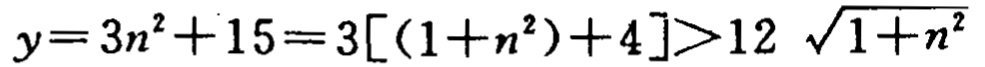
\(y = 3n^{2}+15 = 3[(1 + n^{2})+4]>12\sqrt{1 + n^{2}}\)